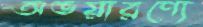
অভয়ারণ্যে